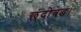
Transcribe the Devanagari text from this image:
छंदोबद्ध।